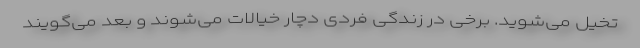
تخیل می‌شوید. برخی در زندگی فردی دچار خیالات می‌شوند و بعد می‌گویند